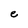
Character: e